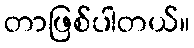
တာဖြစ်ပါတယ်။